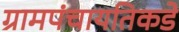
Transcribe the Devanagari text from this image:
ग्रामपंचायतिकडे